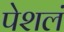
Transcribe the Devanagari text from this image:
पेशलं